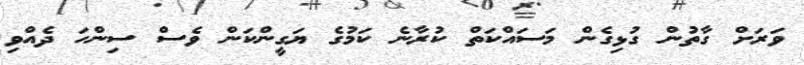
ވަރަށް ގާތުން ގުޅިގެން މަސައްކަތް ކުރާނެ ކަމުގެ ޔަގީންކަން ވެސް ސިންހަ ދެއްވި